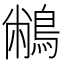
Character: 䳤